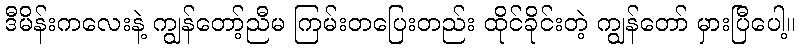
ဒီမိန်းကလေးနဲ့ ကျွန်တော့်ညီမ ကြမ်းတပြေးတည်း ထိုင်ခိုင်းတဲ့ ကျွန်တော် မှားပြီပေါ့။